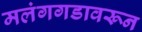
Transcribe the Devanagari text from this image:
मलंगगडावरून